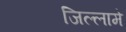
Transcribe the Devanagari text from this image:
जिल्लामे